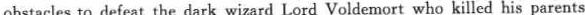
obstacles to defeat the dark wizard Lord Voldemort who killed his parents